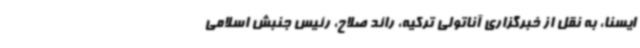
ایسنا، به نقل از خبرگزاری آناتولی ترکیه، رائد صلاح، رئیس جنبش اسلامی